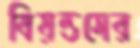
বিয়ন্ডসের